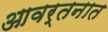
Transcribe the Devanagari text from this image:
आवर्तनात